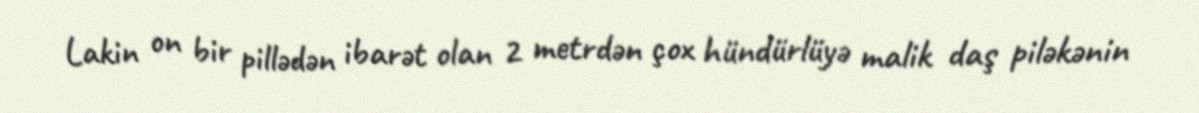
Lakin on bir pillədən ibarət olan 2 metrdən çox hündürlüyə malik daş piləkənin